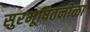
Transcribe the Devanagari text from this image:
सुरभूषितनीळा